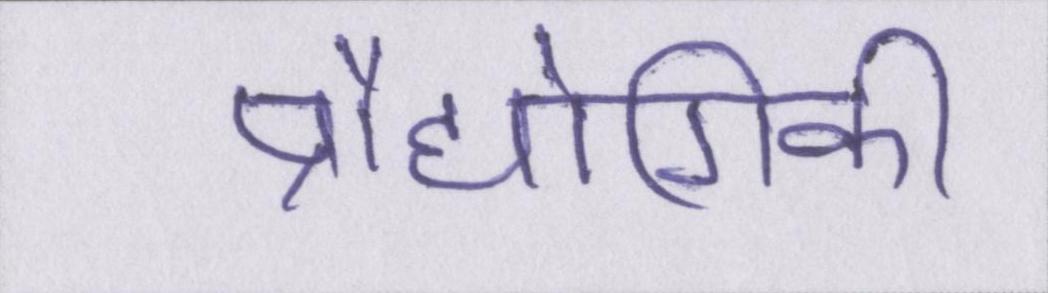
प्रौद्योगिकी